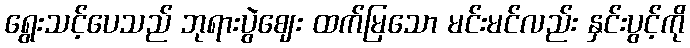
ရွေးသင့်ပေသည် ဘုရားပွဲဈေး ထက်မြသော မင်းမင်လည်း နှင်းပွင့်ကို